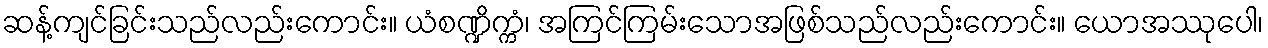
ဆန့်ကျင်ခြင်းသည်လည်းကောင်း။ ယံစဏ္ဍိက္ကံ၊ အကြင်ကြမ်းသောအဖြစ်သည်လည်းကောင်း။ ယောအဿုပေါ၊